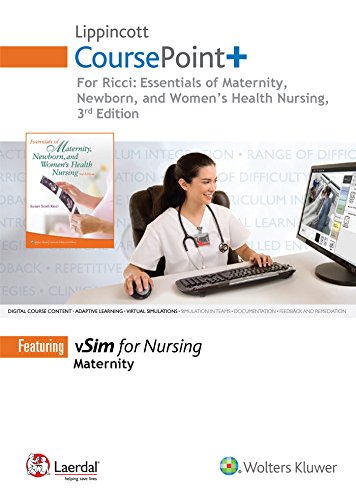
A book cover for Lippincott CoursePoint+ for Ricci's Essentials of Maternity, Newborn, and Women's Health Nursing; Susan Scott Ricci ARNP  MSN  M.Ed.; Medical Books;